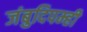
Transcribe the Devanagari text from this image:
जंबुदिपम्ही